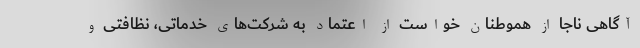
آگاهی ناجا از هموطنان خواست از اعتماد به شرکت‌های خدماتی، نظافتی و